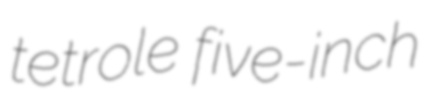
tetrole five-inch